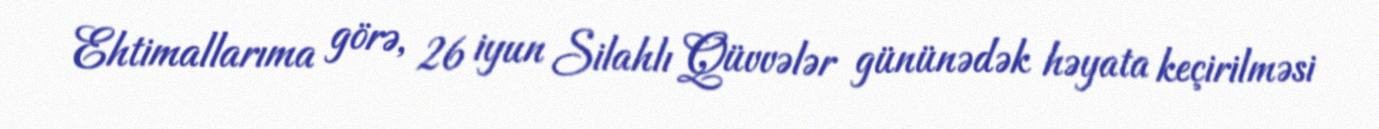
Ehtimallarıma görə, 26 iyun Silahlı Qüvvələr gününədək həyata keçirilməsi